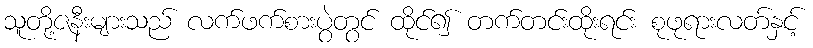
သူတို့ဇနီးများသည် လက်ဖက်စားပွဲတွင် ထိုင်၍ တက်တင်းထိုးရင်း စုဖုရားလတ်နှင့်